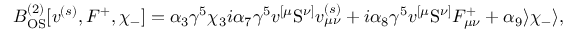
B _ { \mathrm { O S } } ^ { ( 2 ) } [ v ^ { ( s ) } , F ^ { + } , \chi _ { - } ] = \alpha _ { 3 } \gamma ^ { 5 } \chi _ { 3 } i \alpha _ { 7 } \gamma ^ { 5 } v ^ { [ \mu } \mathrm { S } ^ { \nu ] } v _ { \mu \nu } ^ { ( s ) } + i \alpha _ { 8 } \gamma ^ { 5 } v ^ { [ \mu } \mathrm { S } ^ { \nu ] } F _ { \mu \nu } ^ { + } + \alpha _ { 9 } \rangle \chi _ { - } \rangle ,